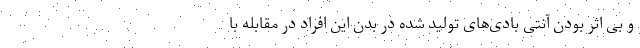
و بی اثر بودن آنتی بادی‌های تولید شده در بدن این افراد در مقابله با